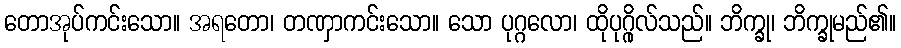
တောအုပ်ကင်းသော။ အရတော၊ တဏှာကင်းသော။ သော ပုဂ္ဂလော၊ ထိုပုဂ္ဂိုလ်သည်။ ဘိက္ခု၊ ဘိက္ခုမည်၏။